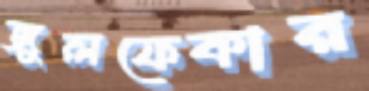
জুলফেকার